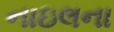
નાઇલના